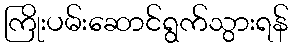
ကြိုးပမ်းဆောင်ရွက်သွားရန်